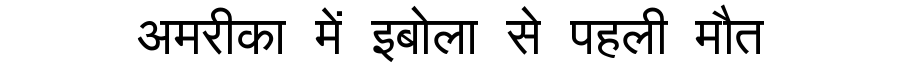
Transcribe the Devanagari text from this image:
अमरीका में इबोला से पहली मौत